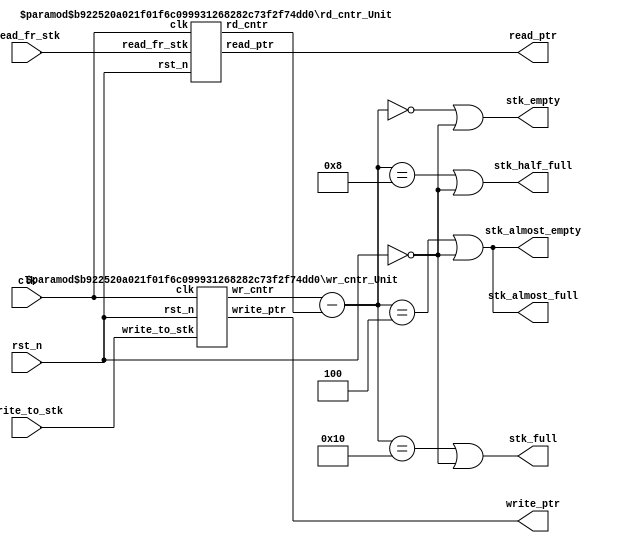
module actQueueStatus #(parameter
nb_data = 16,
L_data = 17,//12(data)+15(idx)
L_addr = clogb2(nb_data),
word_width = L_data,
stk_height = nb_data,
stk_ptr_width = L_addr,
HF_level = stk_height >> 1,//half full
AF_level = (stk_height - HF_level) >>1,//almost full
AE_level = (HF_level) >> 1//almost empty
)(
	output [stk_ptr_width-1: 0] write_ptr, read_ptr,
	output stk_full,stk_almost_full,stk_half_full,stk_almost_empty,stk_empty,

	input write_to_stk, read_fr_stk,
	input clk,rst_n

);
wire [stk_ptr_width: 0] wr_cntr,rd_cntr;
wire [stk_ptr_width: 0] ptr_gap;
assign ptr_gap = wr_cntr - rd_cntr;

assign stk_full = ptr_gap == stk_height || ~rst_n;
assign stk_almost_full = ptr_gap == AF_level || ~rst_n;
assign stk_half_full = ptr_gap == HF_level || ~rst_n;
assign stk_almost_empty = ptr_gap == AE_level || ~rst_n;
assign stk_empty = ptr_gap == 0 || ~rst_n;

wr_cntr_Unit #(.nb_data(nb_data),.L_data(L_data)) WRCNTRUNIT(wr_cntr, write_ptr,write_to_stk,clk,rst_n);
rd_cntr_Unit #(.nb_data(nb_data),.L_data(L_data)) RDCNTRUNIT(rd_cntr, read_ptr, read_fr_stk, clk, rst_n);


//************************************************************************
//function called clogb2 that returns an integer which has the
//value of the ceiling of the log base 2.
function integer clogb2 (input integer bit_depth);
begin
bit_depth = bit_depth - 1;
for(clogb2=0; bit_depth>0; clogb2=clogb2+1)
bit_depth = bit_depth>>1;
end
endfunction
//************************************************************************


endmodule



module wr_cntr_Unit #(parameter 
nb_data = 16,
L_data = 17,//12(data)+15(idx)
L_addr = clogb2(nb_data),
word_width = L_data,
stk_height = nb_data,
stk_ptr_width = L_addr
)(
	output reg [stk_ptr_width:0] wr_cntr,//used to compute the ptr_gap but not for register file access
	output [stk_ptr_width-1: 0] write_ptr,//for register file access
	input write_to_stk, clk, rst_n
);


assign write_ptr = wr_cntr[stk_ptr_width-1: 0];

always @(posedge clk or negedge rst_n) begin
	if(!rst_n) 
		wr_cntr <= 0;
	else if(write_to_stk) begin
		wr_cntr <= wr_cntr + 1;
	end
end

//************************************************************************
//function called clogb2 that returns an integer which has the
//value of the ceiling of the log base 2.
function integer clogb2 (input integer bit_depth);
begin
bit_depth = bit_depth - 1;
for(clogb2=0; bit_depth>0; clogb2=clogb2+1)
bit_depth = bit_depth>>1;
end
endfunction
//************************************************************************


endmodule

module rd_cntr_Unit #(parameter 
nb_data = 16,
L_data = 17,//12(data)+15(idx)
L_addr = clogb2(nb_data),
word_width = L_data,
stk_height = nb_data,
stk_ptr_width = L_addr
)(
	output reg [stk_ptr_width:0] rd_cntr,//used to compute the ptr_gap but not for register file access
	output [stk_ptr_width-1: 0] read_ptr,//for register file access
	input read_fr_stk, clk, rst_n
);


assign read_ptr = rd_cntr[stk_ptr_width-1: 0];

always @(posedge clk or negedge rst_n) begin
	if(!rst_n) 
		rd_cntr <= 0;
	else if(read_fr_stk) begin
		rd_cntr <= rd_cntr + 1;
	end
end


//************************************************************************
//function called clogb2 that returns an integer which has the
//value of the ceiling of the log base 2.
function integer clogb2 (input integer bit_depth);
begin
bit_depth = bit_depth - 1;
for(clogb2=0; bit_depth>0; clogb2=clogb2+1)
bit_depth = bit_depth>>1;
end
endfunction
//************************************************************************


endmodule